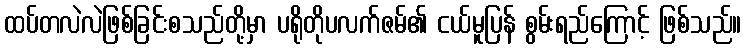
ထပ်တလဲလဲဖြစ်ခြင်းစသည်တို့မှာ ပရိုတိုပလက်ဇမ်၏ ငယ်မူပြန် စွမ်းရည်ကြောင့် ဖြစ်သည်။